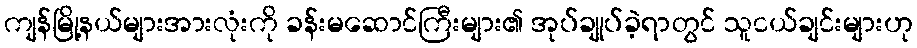
ကျန်မြို့နယ်များအားလုံးကို ခန်းမဆောင်ကြီးများ၏ အုပ်ချုပ်ခဲ့ရာတွင် သူငယ်ချင်းများဟု